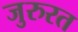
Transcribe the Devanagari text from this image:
जुरुरत